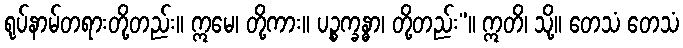
ရုပ်နာမ်တရားတို့တည်း။ ဣမေ၊ တို့ကား။ ပဉ္စက္ခန္ဓာ၊ တို့တည်း”။ ဣတိ၊ သို့။ တေသံ တေသံ